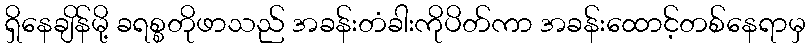
ရှိနေချိန်မို့ ခရစ္စတိုဖာသည် အခန်းတံခါးကိုပိတ်ကာ အခန်းထောင့်တစ်နေရာမှ